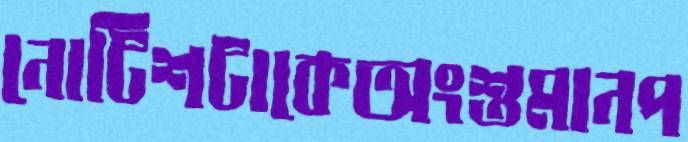
নোটিশটাকেঅংশুমানপ